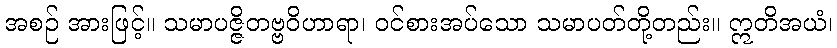
အစဉ် အားဖြင့်။ သမာပဇ္ဇိတဗ္ဗဝိဟာရာ၊ ဝင်စားအပ်သော သမာပတ်တို့တည်း။ ဣတိအယံ၊